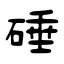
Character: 硾